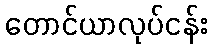
တောင်ယာလုပ်ငန်း